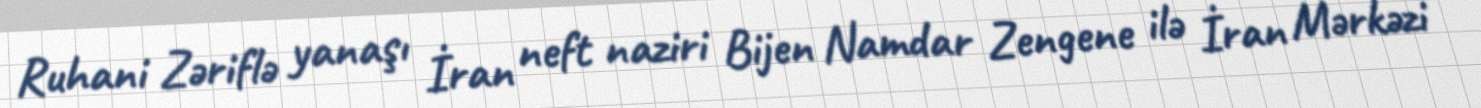
Ruhani Zəriflə yanaşı İran neft naziri Bijen Namdar Zengene ilə İran Mərkəzi